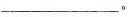
_。